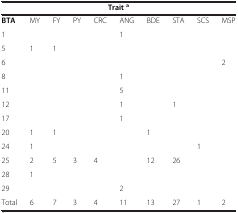
| <COLSPAN=10> Traita |
 | --- | --- | --- | --- | --- | --- | --- | --- | --- | --- |
 | BTA | MY | FY | PY | CRC | ANG | BDE | STA | SCS | MSP |
 | 1 |  |  |  |  | 1 |  |  |  |  |
 | 5 | 1 | 1 |  |  |  |  |  |  |  |
 | 6 |  |  |  |  |  |  |  |  | 2 |
 | 8 |  |  |  |  | 1 |  |  |  |  |
 | 11 |  |  |  |  | 5 |  |  |  |  |
 | 12 |  |  |  |  | 1 |  | 1 |  |  |
 | 17 |  |  |  |  | 1 |  |  |  |  |
 | 20 | 1 | 1 |  |  |  | 1 |  |  |  |
 | 24 | 1 |  |  |  |  |  |  | 1 |  |
 | 25 | 2 | 5 | 3 | 4 |  | 12 | 26 |  |  |
 | 28 | 1 |  |  |  |  |  |  |  |  |
 | 29 |  |  |  |  | 2 |  |  |  |  |
 | Total | 6 | 7 | 3 | 4 | 11 | 13 | 27 | 1 | 2 |